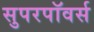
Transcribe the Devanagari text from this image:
सुपरपॉवर्स